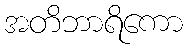
အတိဘာရိကော